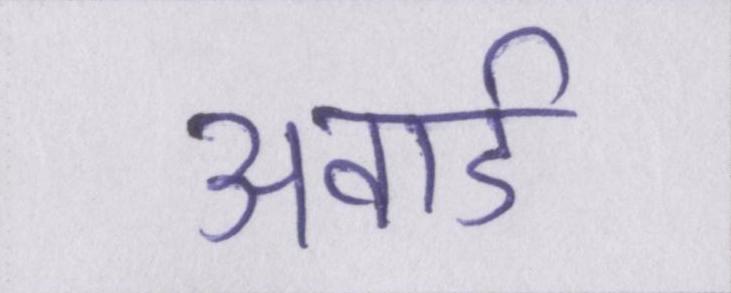
अवार्ड